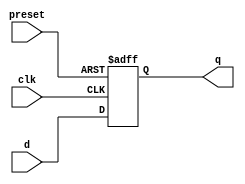
module async_preset_d_ff (
    input  wire      clk,
    input  wire      preset,
    input  wire      d,
    output reg       q
);

always @(posedge clk or posedge preset)
begin
    if (preset)
        q <= 1'b1;
    else
        q <= d;
end

endmodule